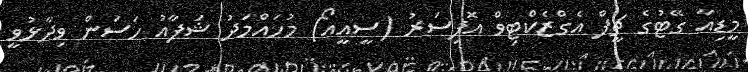
މީޑިއާ ގޭޓުގެ ޗީފް އެގްޒެކްޓިވް އޮފިސަރު (ސީއީއޯ) މުހައްމަދު ޝަފާއު ހަސަން ވިދާޅުވީ